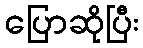
ပြောဆိုပြီး